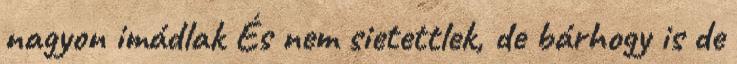
nagyon imádlak És nem sietettlek, de bárhogy is de